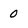
Character: 0